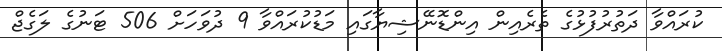
ކުރައްވާ ދަތުރުފުޅުގެ ތެރެއިން އިންޑޮނޭޝިޔާގައި މަޑުކުރައްވާ 9 ދުވަހަށް 506 ޓަނުގެ ލަގެޖް